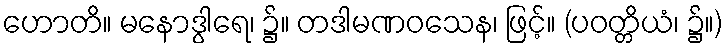
ဟောတိ။ မနောဒွါရေ၊ ၌။ တဒါမဏဝသေန၊ ဖြင့်။ (ပဝတ္တိယံ၊ ၌။)